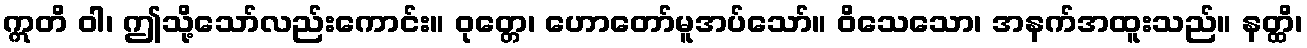
ဣတိ ဝါ၊ ဤသို့သော်လည်းကောင်း။ ဝုတ္တေ၊ ဟောတော်မူအပ်သော်။ ဝိသေသော၊ အနက်အထူးသည်။ နတ္ထိ၊